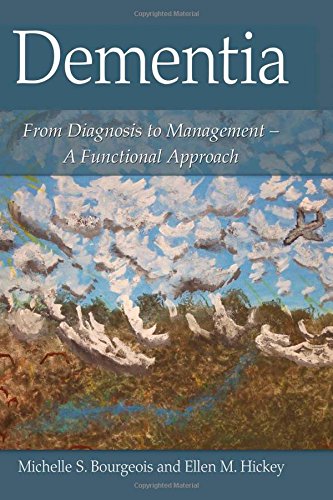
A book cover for Dementia: From Diagnosis to Management - A Functional Approach; Michelle S. Bourgeois; Health, Fitness & Dieting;